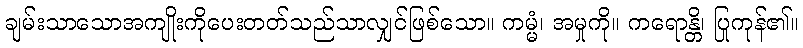
ချမ်းသာသောအကျိုးကိုပေးတတ်သည်သာလျှင်ဖြစ်သော။ ကမ္မံ၊ အမှုကို။ ကရောန္တိ၊ ပြုကုန်၏။